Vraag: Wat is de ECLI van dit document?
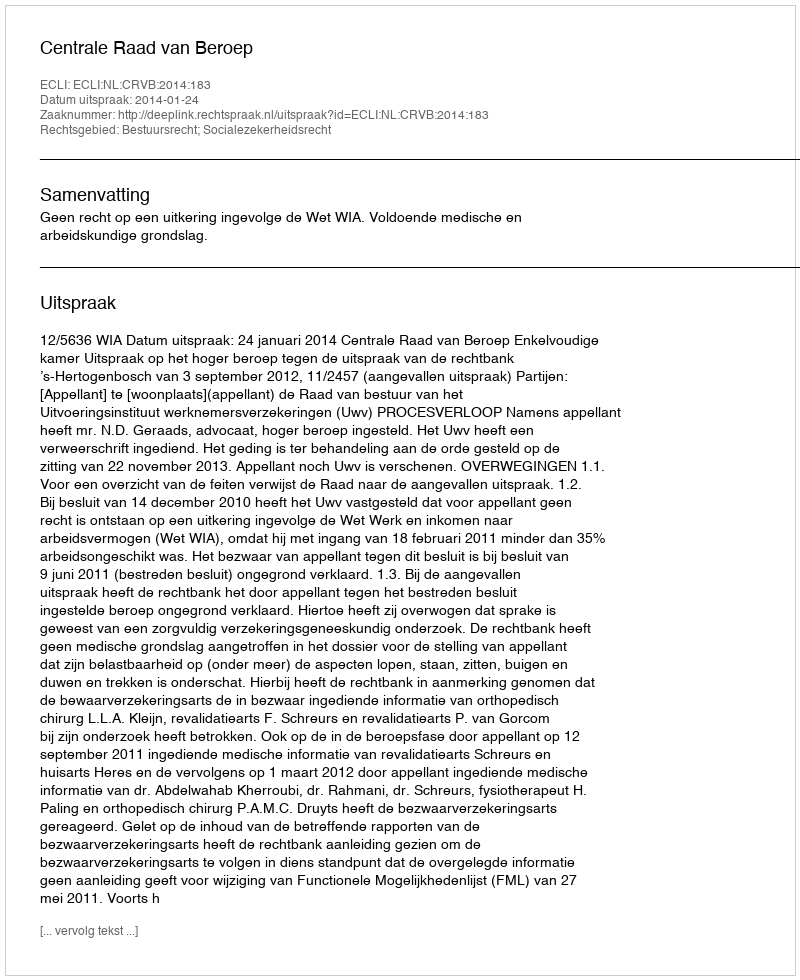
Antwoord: ECLI:NL:CRVB:2014:183